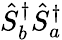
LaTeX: \hat{S}_{b}^{\dagger}\hat{S}_{a}^{\dagger}